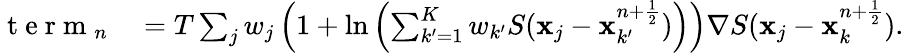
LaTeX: \begin{array}{rl}{\mathrm{~t~e~r~m~}_{n}}&{{}=T\sum_{j}w_{j}\left(1+\ln\left(\sum_{k^{\prime}=1}^{K}{w_{k^{\prime}}}S({{\mathbf x}}_{j}-{{\mathbf x}}_{k^{\prime}}^{n+\frac{1}{2}})\right)\right)\nabla S({{\mathbf x}}_{j}-{{\mathbf x}}_{k}^{n+\frac{1}{2}}).}\end{array}